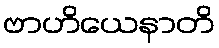
ဗာဟိယေနာတိ